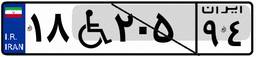
۱۸W۲۰۵۹۴